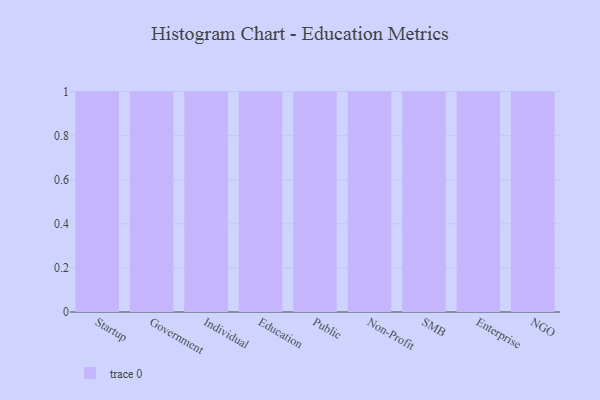
{"axis": {"x": "Segment", "y": "Website Visitors"}, "legend": [""], "data": [{"x": "Startup", "y": 51, "type": ""}, {"x": "Government", "y": 66, "type": ""}, {"x": "Individual", "y": 32, "type": ""}, {"x": "Education", "y": 87, "type": ""}, {"x": "Public", "y": 94, "type": ""}, {"x": "Non-Profit", "y": 26, "type": ""}, {"x": "SMB", "y": 46, "type": ""}, {"x": "Enterprise", "y": 98, "type": ""}, {"x": "NGO", "y": 38, "type": ""}]}